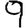
Digit: 9